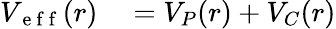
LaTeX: \begin{array}{rl}{V_{\mathrm{~e~f~f~}}(r)}&{{}=V_{P}(r)+V_{C}(r)}\end{array}